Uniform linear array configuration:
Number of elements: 48
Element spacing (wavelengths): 0.25
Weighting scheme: kaiser
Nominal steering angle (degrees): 60
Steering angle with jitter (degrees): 59.216
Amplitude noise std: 0.05
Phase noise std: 0.05

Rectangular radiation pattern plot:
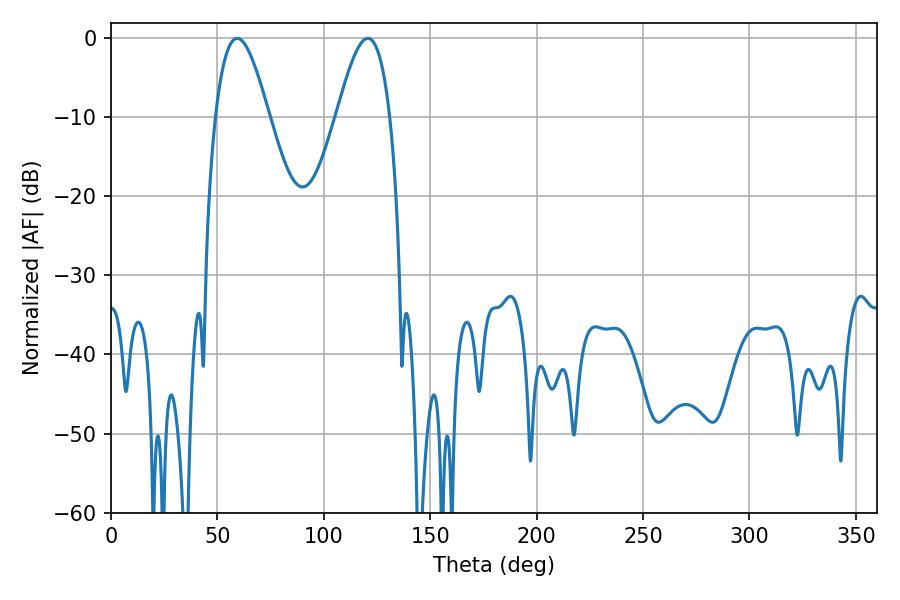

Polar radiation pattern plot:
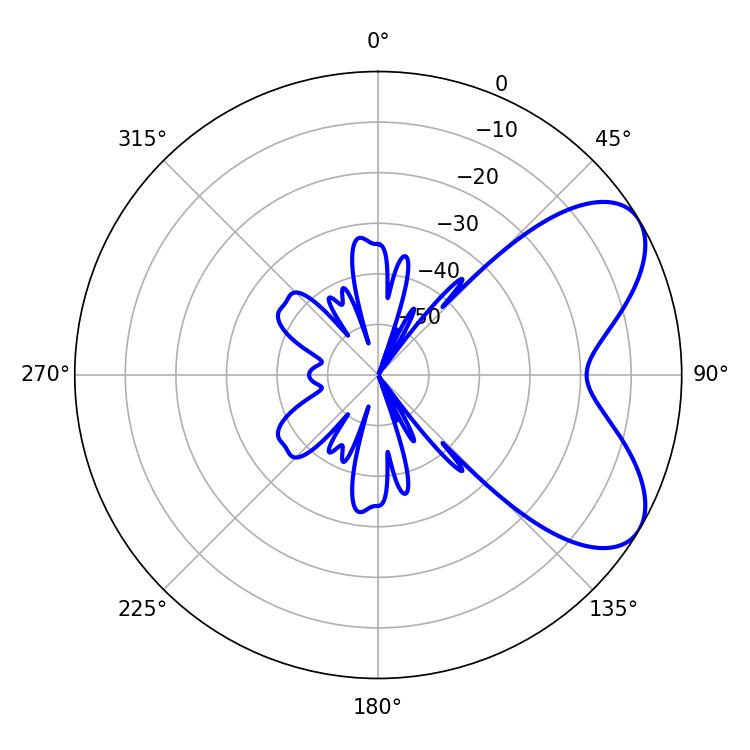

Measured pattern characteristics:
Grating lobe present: FALSE
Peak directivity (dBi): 6.437
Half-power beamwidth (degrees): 13.5
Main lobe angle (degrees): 59.22